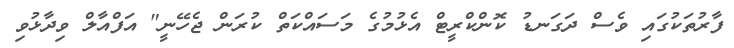
ފާރުތަކުގައި ވެސް ދަގަނޑު ކޮންކްރީޓް އެޅުމުގެ މަސައްކަތް ކުރަން ޖެހޭނީ" އަފްއާލް ވިދާޅުވި